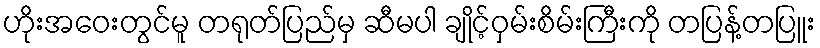
ဟိုးအဝေးတွင်မူ တရုတ်ပြည်မှ ဆီမပါ ချိုင့်ဝှမ်းစိမ်းကြီးကို တပြန့်တပြူး